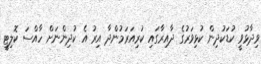
ވިދާޅުވީ ކުޑަކުދިން ކުޅިވަރުގެ ދާއިރާގައި ކުރިއަރަމުންދާ އިރު އެ ކުދިންނަށް ހާއްސަ ކޮލިޓީ